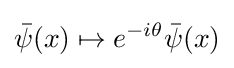
{\bar {\psi }}(x)\mapsto e^{-i\theta }{\bar {\psi }}(x)